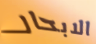
الابحار